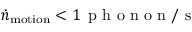
\dot { n } _ { \mathrm { m o t i o n } } < 1 \, \mathrm { ~ p ~ h ~ o ~ n ~ o ~ n ~ } / \mathrm { ~ s ~ }